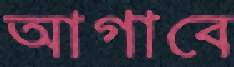
আগাবে